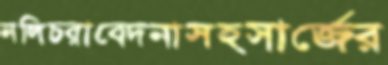
নলিচরাবেদনাসহসার্জের